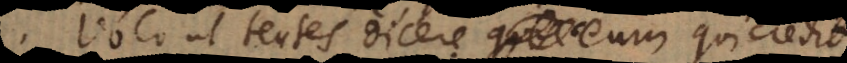
Volo ut tentes dicere eum qui credit